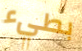
بطيء